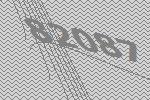
82087